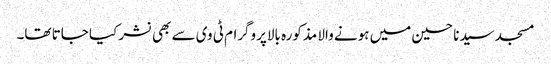
مسجد سیدنا حسین میں ہونے والا مذکورہ بالاپروگرام ٹی وی سے بھی نشر کیا جاتا تھا۔